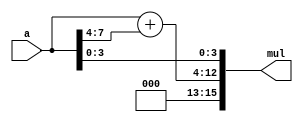
/***********************************************
Module Name:   multiply_constant_17_concatenation_opt
Feature:       Multiply by 17 for 8 bits input
Coder:         Garfield
Organization:  XXXX Group, Department of Architecture
------------------------------------------------------
Input ports:   a0, 8 bits, operent
Output Ports:  mul, 16 bits, multiply
------------------------------------------------------
History:
12-10-2015: First Version by Garfield
12-10-2015: First verified by Multiply_Constant_17_Concatenation_Opt_test
***********************************************/

module multiply_constant_17_concatenation_opt
  ( 
    input[7:0] a,
    output[15:0] mul 
  );
  
//Load other module(s)

//Definition for Variables in the module
wire[8:0] sum_middle;
//The 9 bits with adder in the middle bits

//Logical
assign sum_middle = {1'b0, a} + {5'b0_0000, a[7:4]};
assign mul = {3'b000, sum_middle, a[3:0]};

endmodule